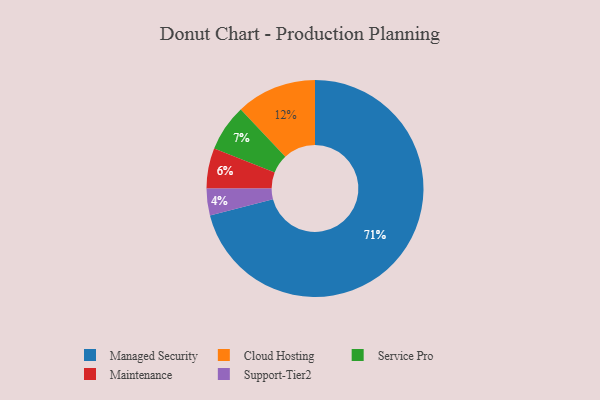
{"axis": {"x": "Category", "y": "Percentage"}, "legend": ["Cloud Hosting", "Maintenance", "Managed Security", "Service Pro", "Support-Tier2"], "data": [{"x": "Support-Tier2", "y": 4, "type": "Support-Tier2"}, {"x": "Managed Security", "y": 71, "type": "Managed Security"}, {"x": "Cloud Hosting", "y": 12, "type": "Cloud Hosting"}, {"x": "Maintenance", "y": 6, "type": "Maintenance"}, {"x": "Service Pro", "y": 7, "type": "Service Pro"}]}